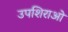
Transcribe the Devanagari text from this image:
उपशिराओं